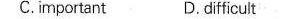
C. important